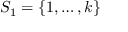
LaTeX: S _ { 1 } = \left\{ 1 , \ldots , k \right\}